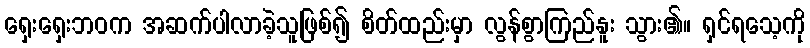
ရှေးရှေးဘဝက အဆက်ပါလာခဲ့သူဖြစ်၍ စိတ်ထည်းမှာ လွန်စွာကြည်နူး သွား၏။ ရှင်ရသေ့ကို